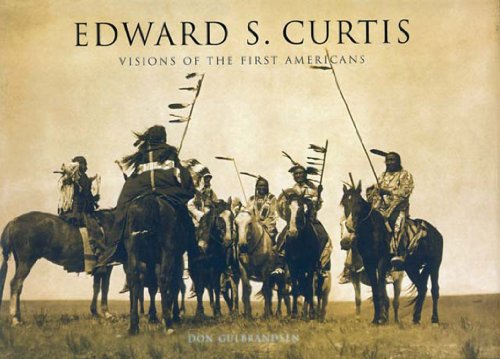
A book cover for Edward S. Curtis: Visions of the First Americans; Don Gulbrandsen; Arts & Photography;